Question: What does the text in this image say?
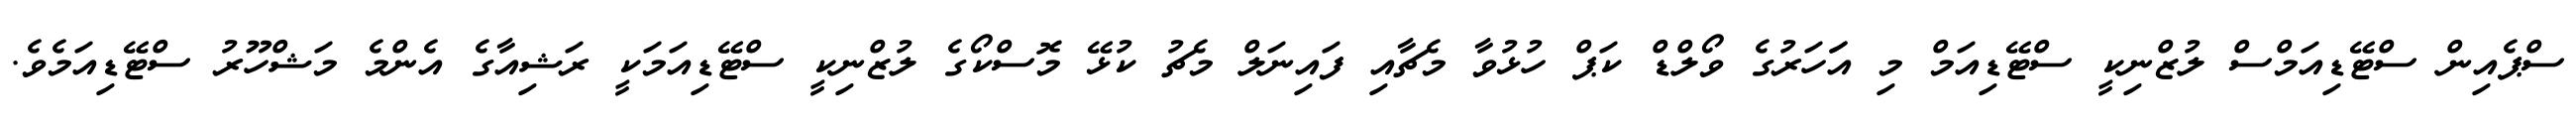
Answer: ސްޕެއިން ސްޓޭޑިއަމްސް ލުޒްނިކީ ސްޓޭޑިއަމް މި އަަހަރުގެ ވޯލްޑް ކަޕް ހުޅުވާ މެޗާއި ފައިނަލް މެޗު ކުޅޭ މޮސްކޯގެ ލުޒްނިކީ ސްޓޭޑިއަމަކީ ރަޝިއާގެ އެންމެ މަޝްހޫރު ސްޓޭޑިއަމެވެ.